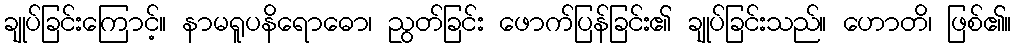
ချုပ်ခြင်းကြောင့်။ နာမရူပနိရောဓော၊ ညွတ်ခြင်း ဖောက်ပြန်ခြင်း၏ ချုပ်ခြင်းသည်။ ဟောတိ၊ ဖြစ်၏။